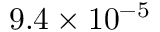
9 . 4 \times 1 0 ^ { - 5 }